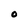
Character: O